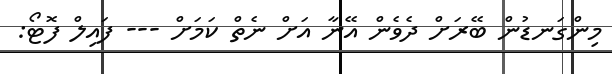
މިންގަނޑުން ބޭރަށް ދެވެން އޭނާ އަށް ނެތް ކަމަށް --- ފައިލް ފޮޓޯ: